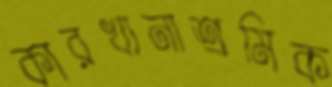
কারখানাশ্রমিক